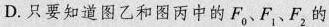
D.只要知道图乙和图丙中的F_{0}、F_{1}、F_{2}的